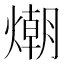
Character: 𭵿